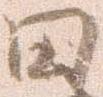
田